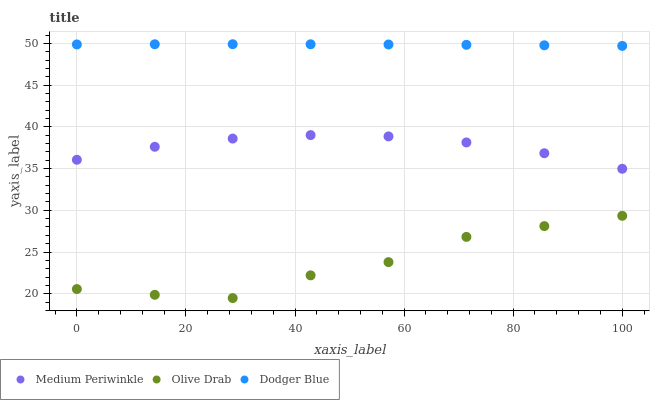
| xaxis_label | Medium Periwinkle | Olive Drab | Dodger Blue |
 | --- | --- | --- | --- |
 | 0 | 36.1 | 20.6 | 49.9 |
 | 14.3 | 37.6 | 19.9 | 49.9 |
 | 28.6 | 38.6 | 19.5 | 49.9 |
 | 42.9 | 39 | 22.2 | 49.9 |
 | 57.1 | 38.9 | 23.8 | 49.9 |
 | 71.4 | 38.1 | 26.8 | 49.8 |
 | 85.7 | 36.8 | 28.1 | 49.8 |
 | 100 | 35 | 29.3 | 49.7 |